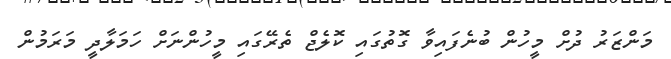
މަންޒަރު ދުށް މީހުން ބުނެފައިވާ ގޮތުގައި ކޮލެޖް ތެރޭގައި މީހުންނަށް ހަމަލާދީ މަރަމުން